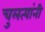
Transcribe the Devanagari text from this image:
चुलत्यांनी